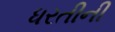
ધરતીની